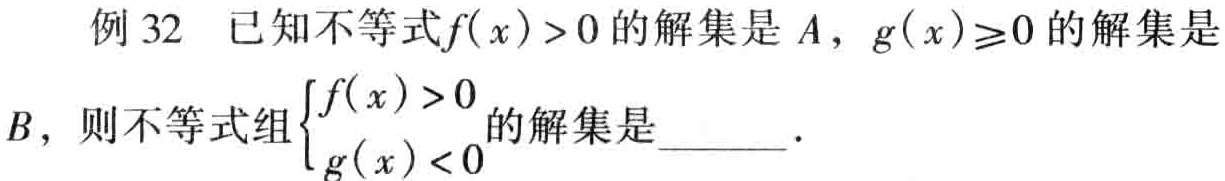
例 32 已知不等式$f(x)>0$的解集是$A$，$g(x)\geq0$的解集是$B$，则不等式组$\begin{cases}f(x)>0 \\ g(x)<0\end{cases}$的解集是  ．